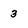
Character: 3